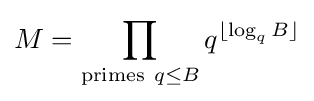
M=\prod _{{\text{primes}}~q\leq B}q^{\lfloor \log _{q}{B}\rfloor }